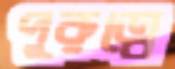
পুরুত্বে